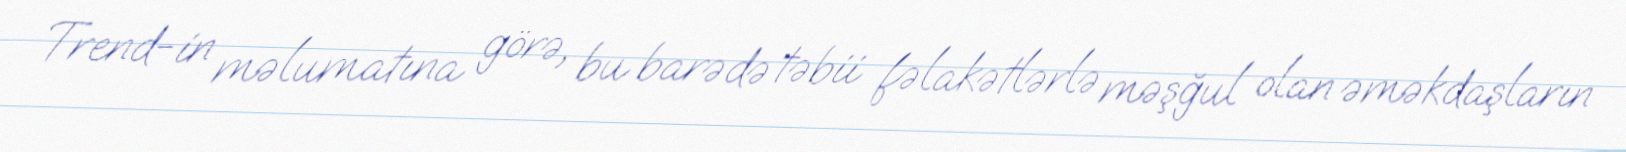
Trend-in məlumatına görə, bu barədə təbii fəlakətlərlə məşğul olan əməkdaşların